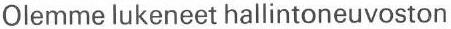
Olemme lukeneet hallintoneuvoston